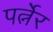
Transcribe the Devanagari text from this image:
पर्त्नेर